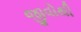
જીવોથી